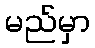
မည်မှာ